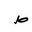
Letter: _da